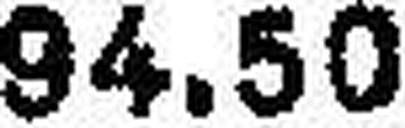
94.50